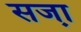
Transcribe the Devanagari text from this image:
सजा़